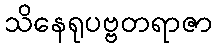
သိနေရုပဗ္ဗတရာဇာ